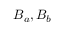
B _ { a } , B _ { b }